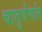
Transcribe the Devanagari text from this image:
चातुर्वर्णात